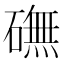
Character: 𥕻